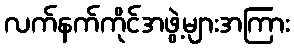
လက်နက်ကိုင်အဖွဲ့များအကြား